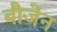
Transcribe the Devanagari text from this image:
बौजेन